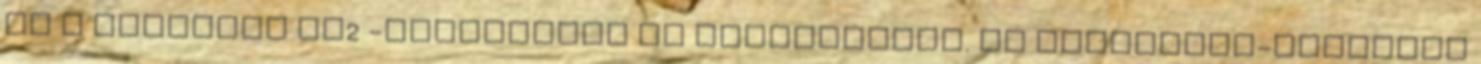
és a gépkocsi CO2 -kibocsátás is mérséklődik. Az üzemanyag-hatékony